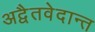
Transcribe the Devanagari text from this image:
अद्वैतवेदान्त